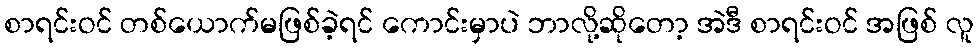
စာရင်းဝင် တစ်ယောက်မဖြစ်ခဲ့ရင် ကောင်းမှာပဲ ဘာလို့ဆိုတော့ အဲဒီ စာရင်းဝင် အဖြစ် လူ